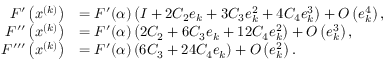
\begin{array} { r l } { F ^ { \prime } \left( x ^ { ( k ) } \right) } & { = F ^ { \prime } ( \alpha ) \left( I + 2 C _ { 2 } e _ { k } + 3 C _ { 3 } e _ { k } ^ { 2 } + 4 C _ { 4 } e _ { k } ^ { 3 } \right) + O \left( e _ { k } ^ { 4 } \right) , } \\ { F ^ { \prime \prime } \left( x ^ { ( k ) } \right) } & { = F ^ { \prime } ( \alpha ) \left( 2 C _ { 2 } + 6 C _ { 3 } e _ { k } + 1 2 C _ { 4 } e _ { k } ^ { 2 } \right) + O \left( e _ { k } ^ { 3 } \right) , } \\ { F ^ { \prime \prime \prime } \left( x ^ { ( k ) } \right) } & { = F ^ { \prime } ( \alpha ) \left( 6 C _ { 3 } + 2 4 C _ { 4 } e _ { k } \right) + O \left( e _ { k } ^ { 2 } \right) . } \end{array}